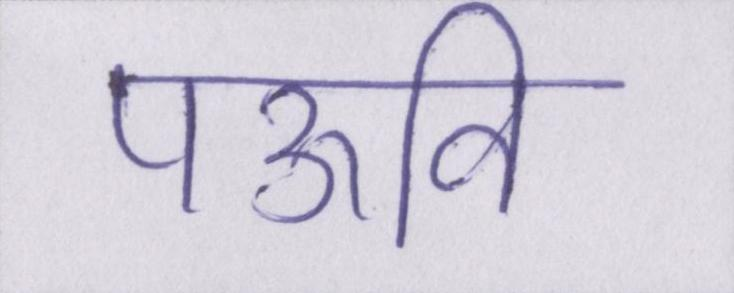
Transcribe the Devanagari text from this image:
पऊवि